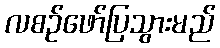
လစဉ်ဖော်ပြသွားမည်